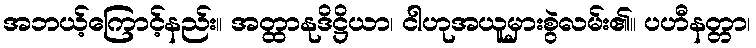
အဘယ့်ကြောင့်နည်း။ အတ္ထာနုဒိဋ္ဌိယာ၊ ငါဟုအယူမှားစွဲလမ်း၏။ ပဟီနတ္တာ၊